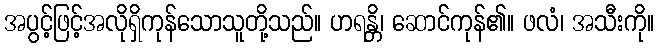
အပွင့်ဖြင့်အလိုရှိကုန်သောသူတို့သည်။ ဟရန္တိ၊ ဆောင်ကုန်၏။ ဖလံ၊ အသီးကို။